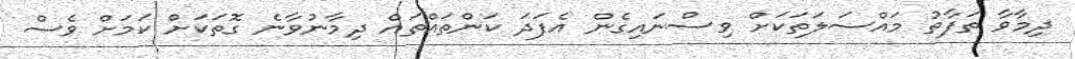
ދިމާވާ ތަފާތު މައްސަލަތަކަށް ވިސްނައިގެން އެފަދަ ކަންތައްތައް ދިމާނުވާނެ ގޮތަކަށް ކަމަށް ވެސް